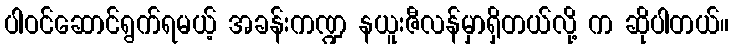
ပါဝင်ဆောင်ရွက်ရမယ့် အခန်းကဏ္ဍ နယူးဇီလန်မှာရှိတယ်လို့ က ဆိုပါတယ်။